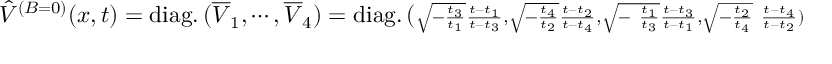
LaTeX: \hat { V } ^ { ( B = 0 ) } ( x , t ) = \mathrm { d i a g . } \, ( \overline { { { V } } } _ { 1 } , \cdots , \overline { { { V } } } _ { 4 } ) = \mathrm { d i a g . } \, ( \scriptstyle { { \sqrt { - { \frac { t _ { 3 } } { t _ { 1 } } } } { \frac { t - t _ { 1 } } { t - t _ { 3 } } } , \sqrt { - { \frac { t _ { 4 } } { t _ { 2 } } } } { \frac { t - t _ { 2 } } { t - t _ { 4 } } } , \sqrt { - { \ \frac { t _ { 1 } } { t _ { 3 } } } } { \frac { t - t _ { 3 } } { t - t _ { 1 } } } , \sqrt { - { \frac { t _ { 2 } } { t _ { 4 } } } } { \ \frac { t - t _ { 4 } } { t - t _ { 2 } } } } } )